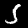
Label: 5